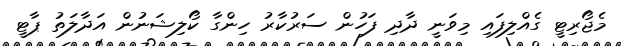
މެޖޯރިޓީ ގެއްލިފައި މިވަނީ ދާދި ފަހުން ސަރުކާރު ހިންގާ ކޯލިޝަނުން އަދާލަތު ޕާޓީ